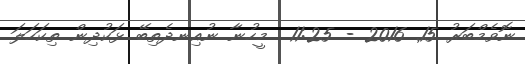
ނޮވެމްބަރު 15